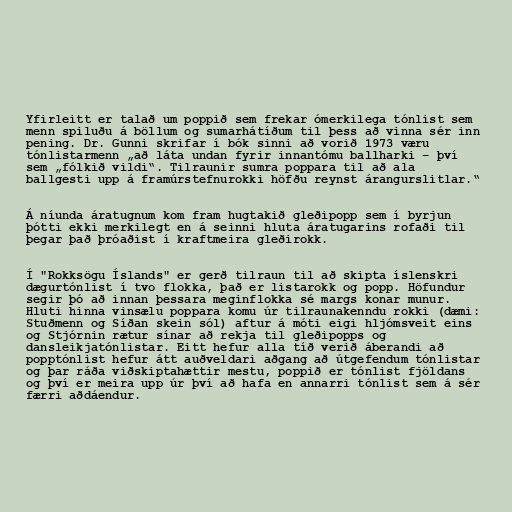
Yfirleitt er talað um poppið sem frekar ómerkilega tónlist sem
menn spiluðu á böllum og sumarhátíðum til þess að vinna sér inn
pening. Dr. Gunni skrifar í bók sinni að vorið 1973 væru
tónlistarmenn „að láta undan fyrir innantómu ballharki – því
sem „fólkið vildi“. Tilraunir sumra poppara til að ala
ballgesti upp á framúrstefnurokki höfðu reynst árangurslitlar.“

Á níunda áratugnum kom fram hugtakið gleðipopp sem í byrjun
þótti ekki merkilegt en á seinni hluta áratugarins rofaði til
þegar það þróaðist í kraftmeira gleðirokk.

Í "Rokksögu Íslands" er gerð tilraun til að skipta íslenskri
dægurtónlist í tvo flokka, það er listarokk og popp. Höfundur
segir þó að innan þessara meginflokka sé margs konar munur.
Hluti hinna vinsælu poppara komu úr tilraunakenndu rokki (dæmi:
Stuðmenn og Síðan skein sól) aftur á móti eigi hljómsveit eins
og Stjórnin rætur sínar að rekja til gleðipopps og
dansleikjatónlistar. Eitt hefur alla tíð verið áberandi að
popptónlist hefur átt auðveldari aðgang að útgefendum tónlistar
og þar ráða viðskiptahættir mestu, poppið er tónlist fjöldans
og því er meira upp úr því að hafa en annarri tónlist sem á sér
færri aðdáendur.